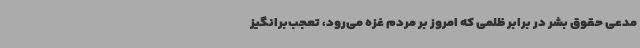
مدعی حقوق بشر در برابر ظلمی که امروز بر مردم غزه می‌رود، تعجب‌برانگیز